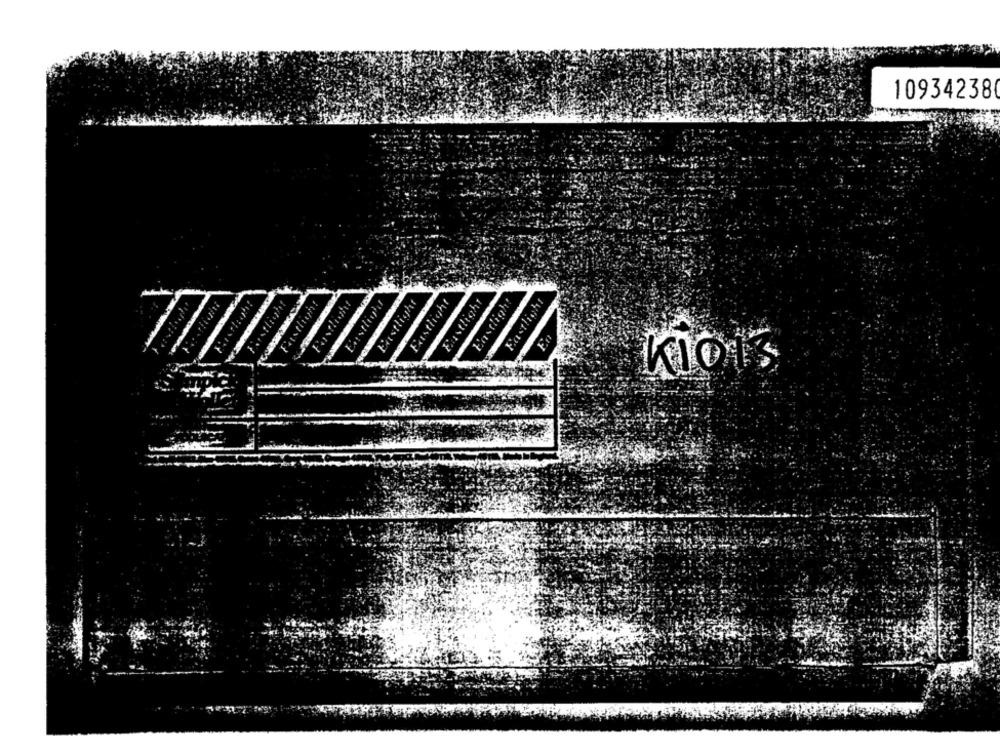
109342380
Eastlight
Fastlight
Eastlig'd
Eastlight
Fastlight
Eastlight
Eastlight
Fat